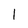
Character: 1